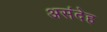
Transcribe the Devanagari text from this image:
असंदेह